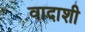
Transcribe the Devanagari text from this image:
वादाशी